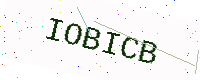
Text: IOBICB